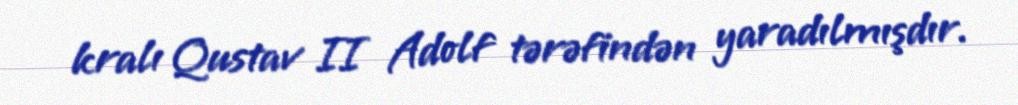
kralı Qustav II Adolf tərəfindən yaradılmışdır.